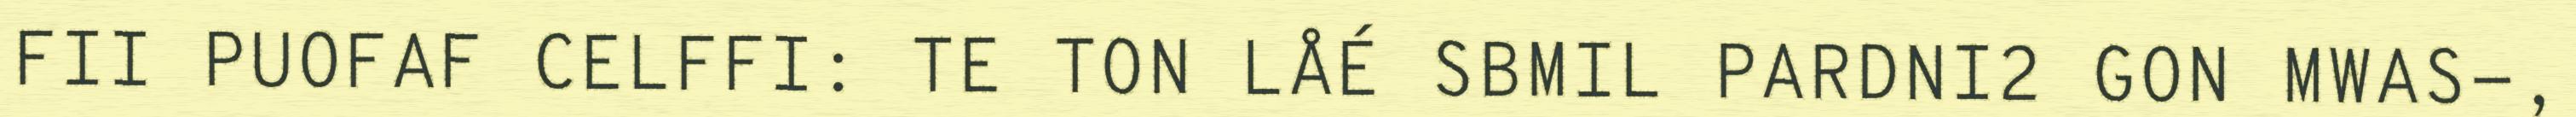
FII PUOFAF CELFFI: TE TON LÅÉ SBMIL PARDNI2 GON MWAS-,